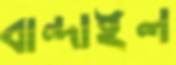
বান্দাইল